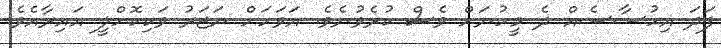
ފަދަ އިހުސާސެއް ދެ މީހުނަށް ވެސް ކުރެވުނެވެ. އަވަހަށް ނަޒަރު ވަކިކޮށްލީ އައިރާއެވެ.